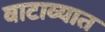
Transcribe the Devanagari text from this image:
वाटाव्यात